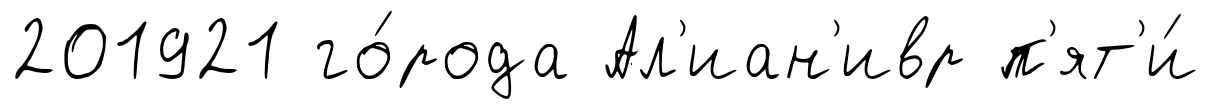
201921 го́рода Ал'иан'ивр п'ят'и́